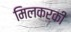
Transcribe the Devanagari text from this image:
मिलकरकी